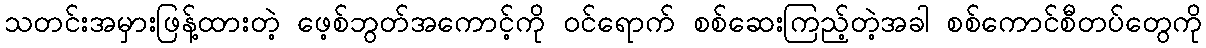
သတင်းအမှားဖြန့်ထားတဲ့ ဖေ့စ်ဘွတ်အကောင့်ကို ဝင်ရောက် စစ်ဆေးကြည့်တဲ့အခါ စစ်ကောင်စီတပ်တွေကို